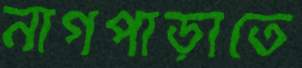
নাগপাড়াতে